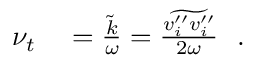
\begin{array} { r l } { \nu _ { t } } & { { } = \frac { \Tilde { k } } { \omega } = \frac { \widetilde { v _ { i } ^ { \prime \prime } v _ { i } ^ { \prime \prime } } } { 2 \omega } \ \ . } \end{array}